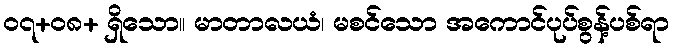
၀၇+၀၈+ ရှိသော။ မာတာလယံ၊ မစင်သော အကောင်ပုပ်စွန့်ပစ်ရာ